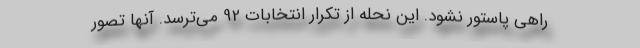
راهی پاستور نشود. این نحله از تکرار انتخابات 92 می‌ترسد. آنها تصور